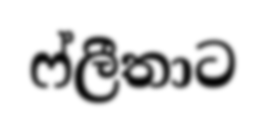
ෆ්ලීතාට